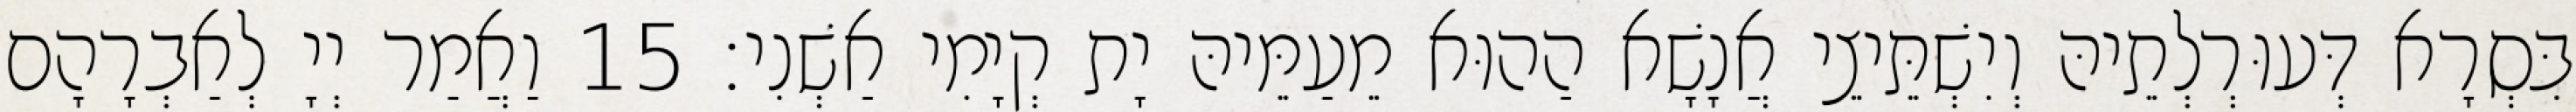
בִּסְרָא דְּעוּרְלְתֵיהּ וְיִשְׁתֵּיצֵי אֲנָשָׁא הַהוּא מֵעַמֵּיהּ יָת קְיָמִי אַשְׁנִי׃ 15 וַאֲמַר יְיָ לְאַבְרָהָם